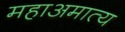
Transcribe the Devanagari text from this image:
महाअमात्य